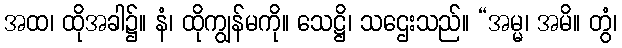
အထ၊ ထိုအခါ၌။ နံ၊ ထိုကျွန်မကို။ သေဋ္ဌိ၊ သဌေးသည်။ “အမ္မ၊ အမိ။ တွံ၊